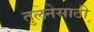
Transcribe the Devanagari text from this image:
तुलनेसाठी